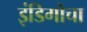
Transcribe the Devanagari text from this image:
इंडिगोचा